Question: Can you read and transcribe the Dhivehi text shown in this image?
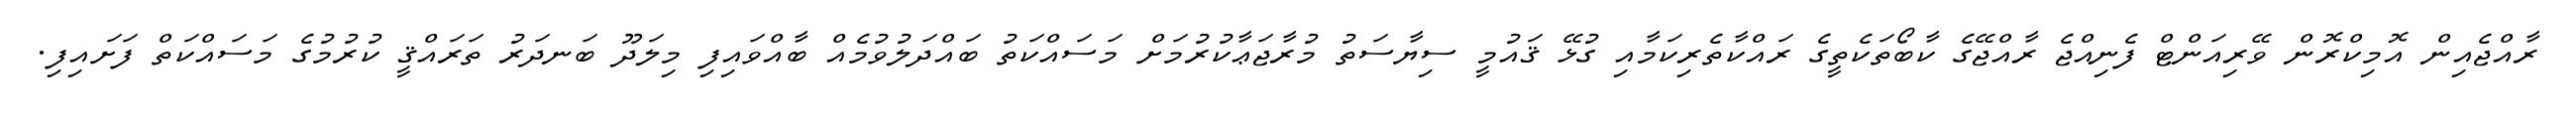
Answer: ރާއްޖެއިން އޮމިކްރޮން ވޭރިއަންޓް ފެނިއްޖެ ރާއްޖޭގެ ކާބޯތަކެތީގެ ރައްކާތެރިކަމާއި ގުޅޭ ޤައުމީ ސިޔާސަތު މުރާޖަޢާކުރުމަށް މަސައްކަތު ބައްދަލުވުމެއް ބާއްވައިފި މިލަދޫ ބަނދަރު ތަރައްޤީ ކުރުމުގެ މަސައްކަތް ފަށައިފި.